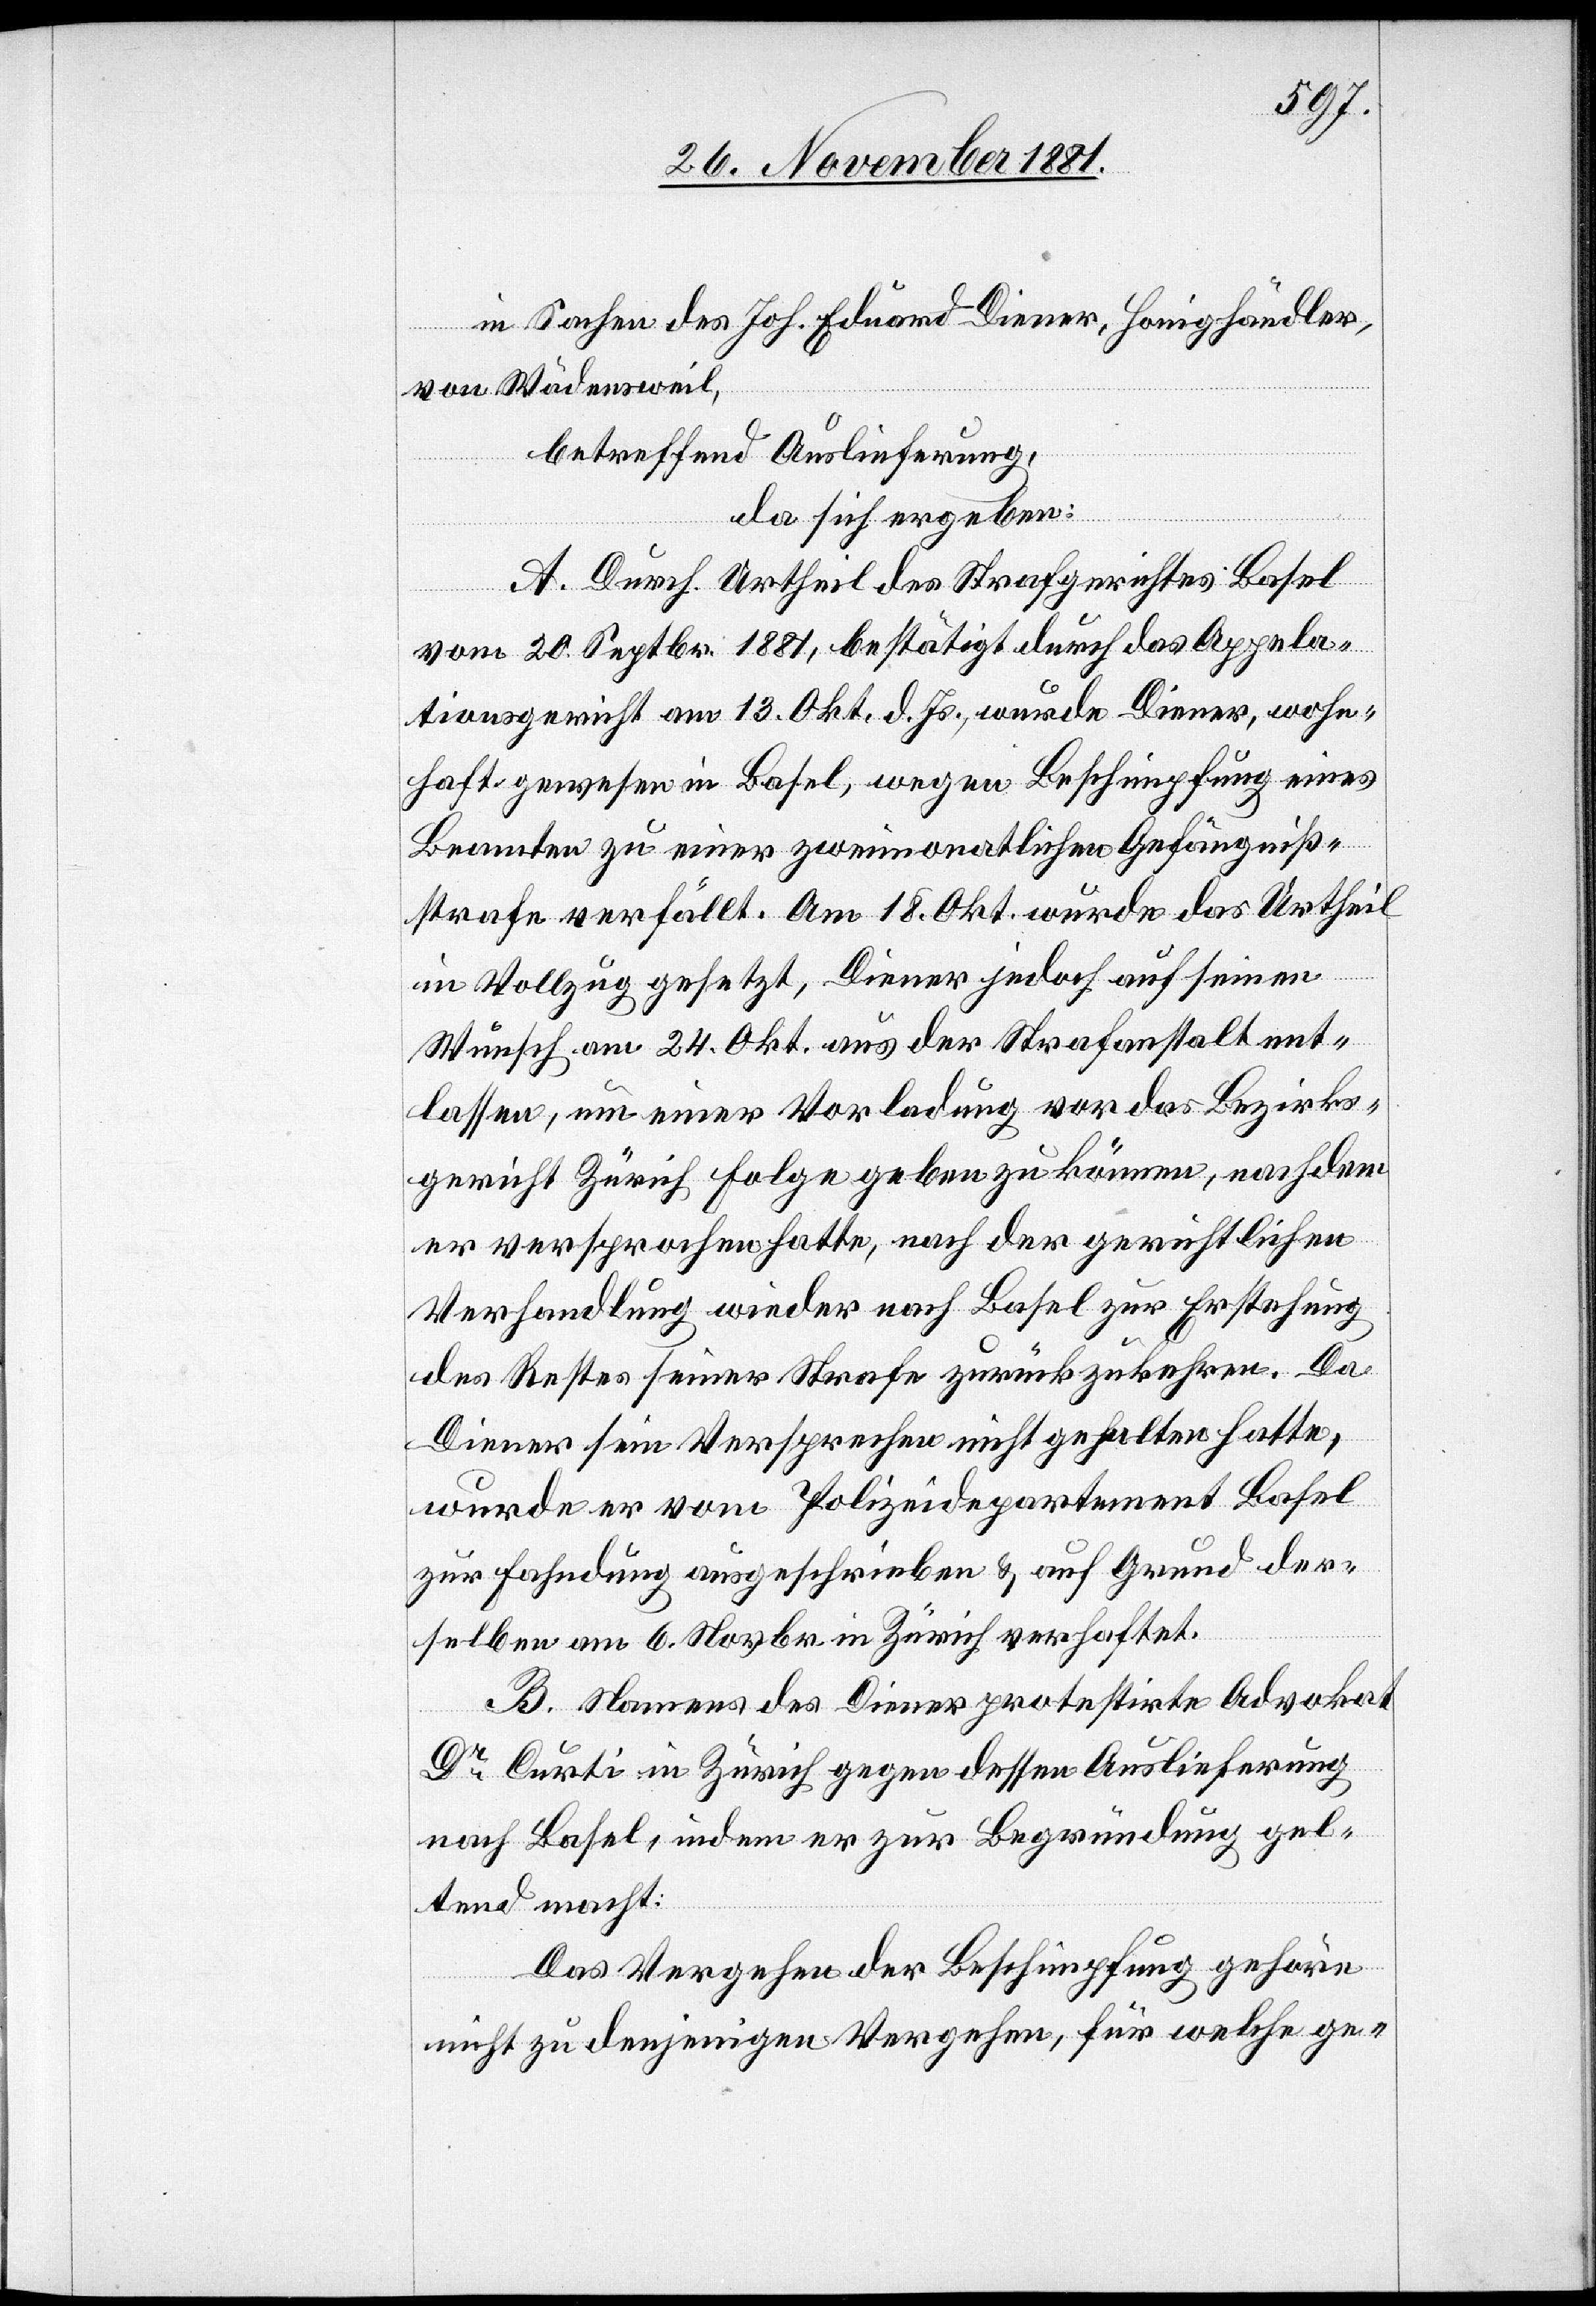
in Sachen des Joh. Eduard Diener, Honighändler,
von Wädensweil,
betreffend Auslieferung,
da sich ergeben:
A. Durch Urtheil des Strafgerichtes Basel
vom 20. Septbr. 1881, bestätigt durch das Appela¬
tionsgericht am 13. Okt. d. Js., wurde Diener, wohn¬
haft gewesen in Basel, wegen Beschimpfung eines
Beamten zu einer zweimonatlichen Gefängiß¬
strafe verfällt [sic!]. Am 18. Okt. wurde das Urtheil
in Vollzug gesetzt, Diener jedoch auf seinen
Wunsch am 24. Okt. aus der Strafanstalt ent¬
lassen, um einer Vorladung vor das Bezirks¬
gericht Zürich Folge geben zu können, nachdem
er versprochen hatte, nach der gerichtlichen
Verhandlung wieder nach Basel zur Erstehung
des Rechtes seiner Strafe zurückzukehren. Da
Diener sein versprechen nicht gehalten hatte,
wurde er vom Polizeidepartement Basel
zur Fahndung ausgeschrieben & auf Grund der¬
selben am 6. Novbr. in Zürich verhaftet.
B. Namens des Diener protestirte Advokat
Dr Curti in Zürich gegen dessen Auslieferung
nach Basel, indem er zur Begründung gel¬
ten macht:
Das Vorgehen der Beschimpfung gehöre
nicht zu denjenigen Vergehen, für welche ge-